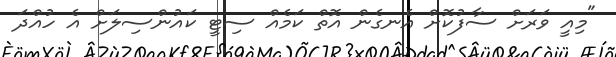
"މިއީ ވަރަށް ސާފުކޮށް އެނގެން އޮތް ކަމެއް ސިޓީ ކައުންސިލަށް އެ ހުއްދަ